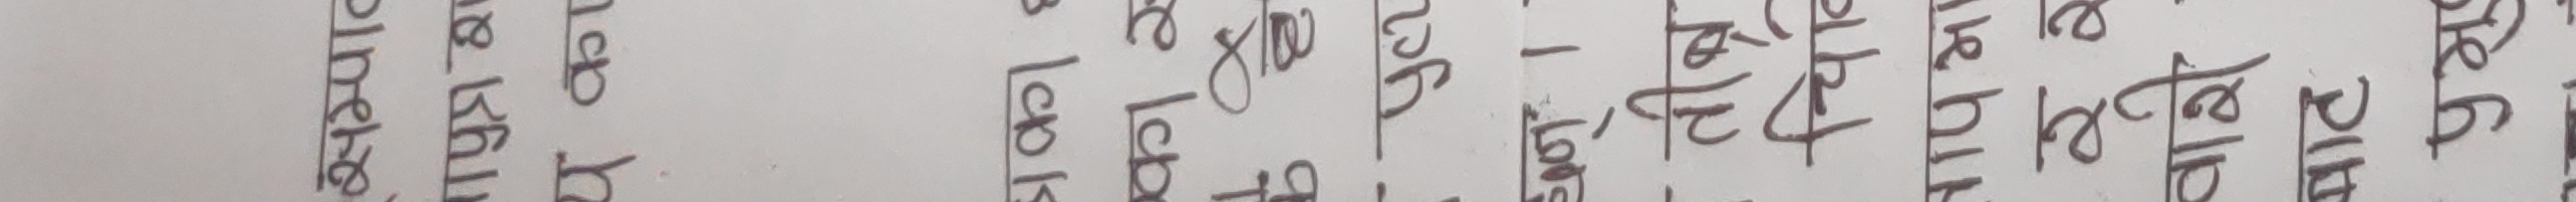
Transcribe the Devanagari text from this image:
सम्पात
पुत्र श
य का
नका छ
एका र
तीव्र
चिवि
नापमा
वारी.
बाट
प्रभु